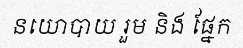
នយោបាយ រួម និង ផ្នែក